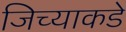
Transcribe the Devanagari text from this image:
जिच्याकडे